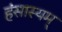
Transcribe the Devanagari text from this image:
हंसास्यम्